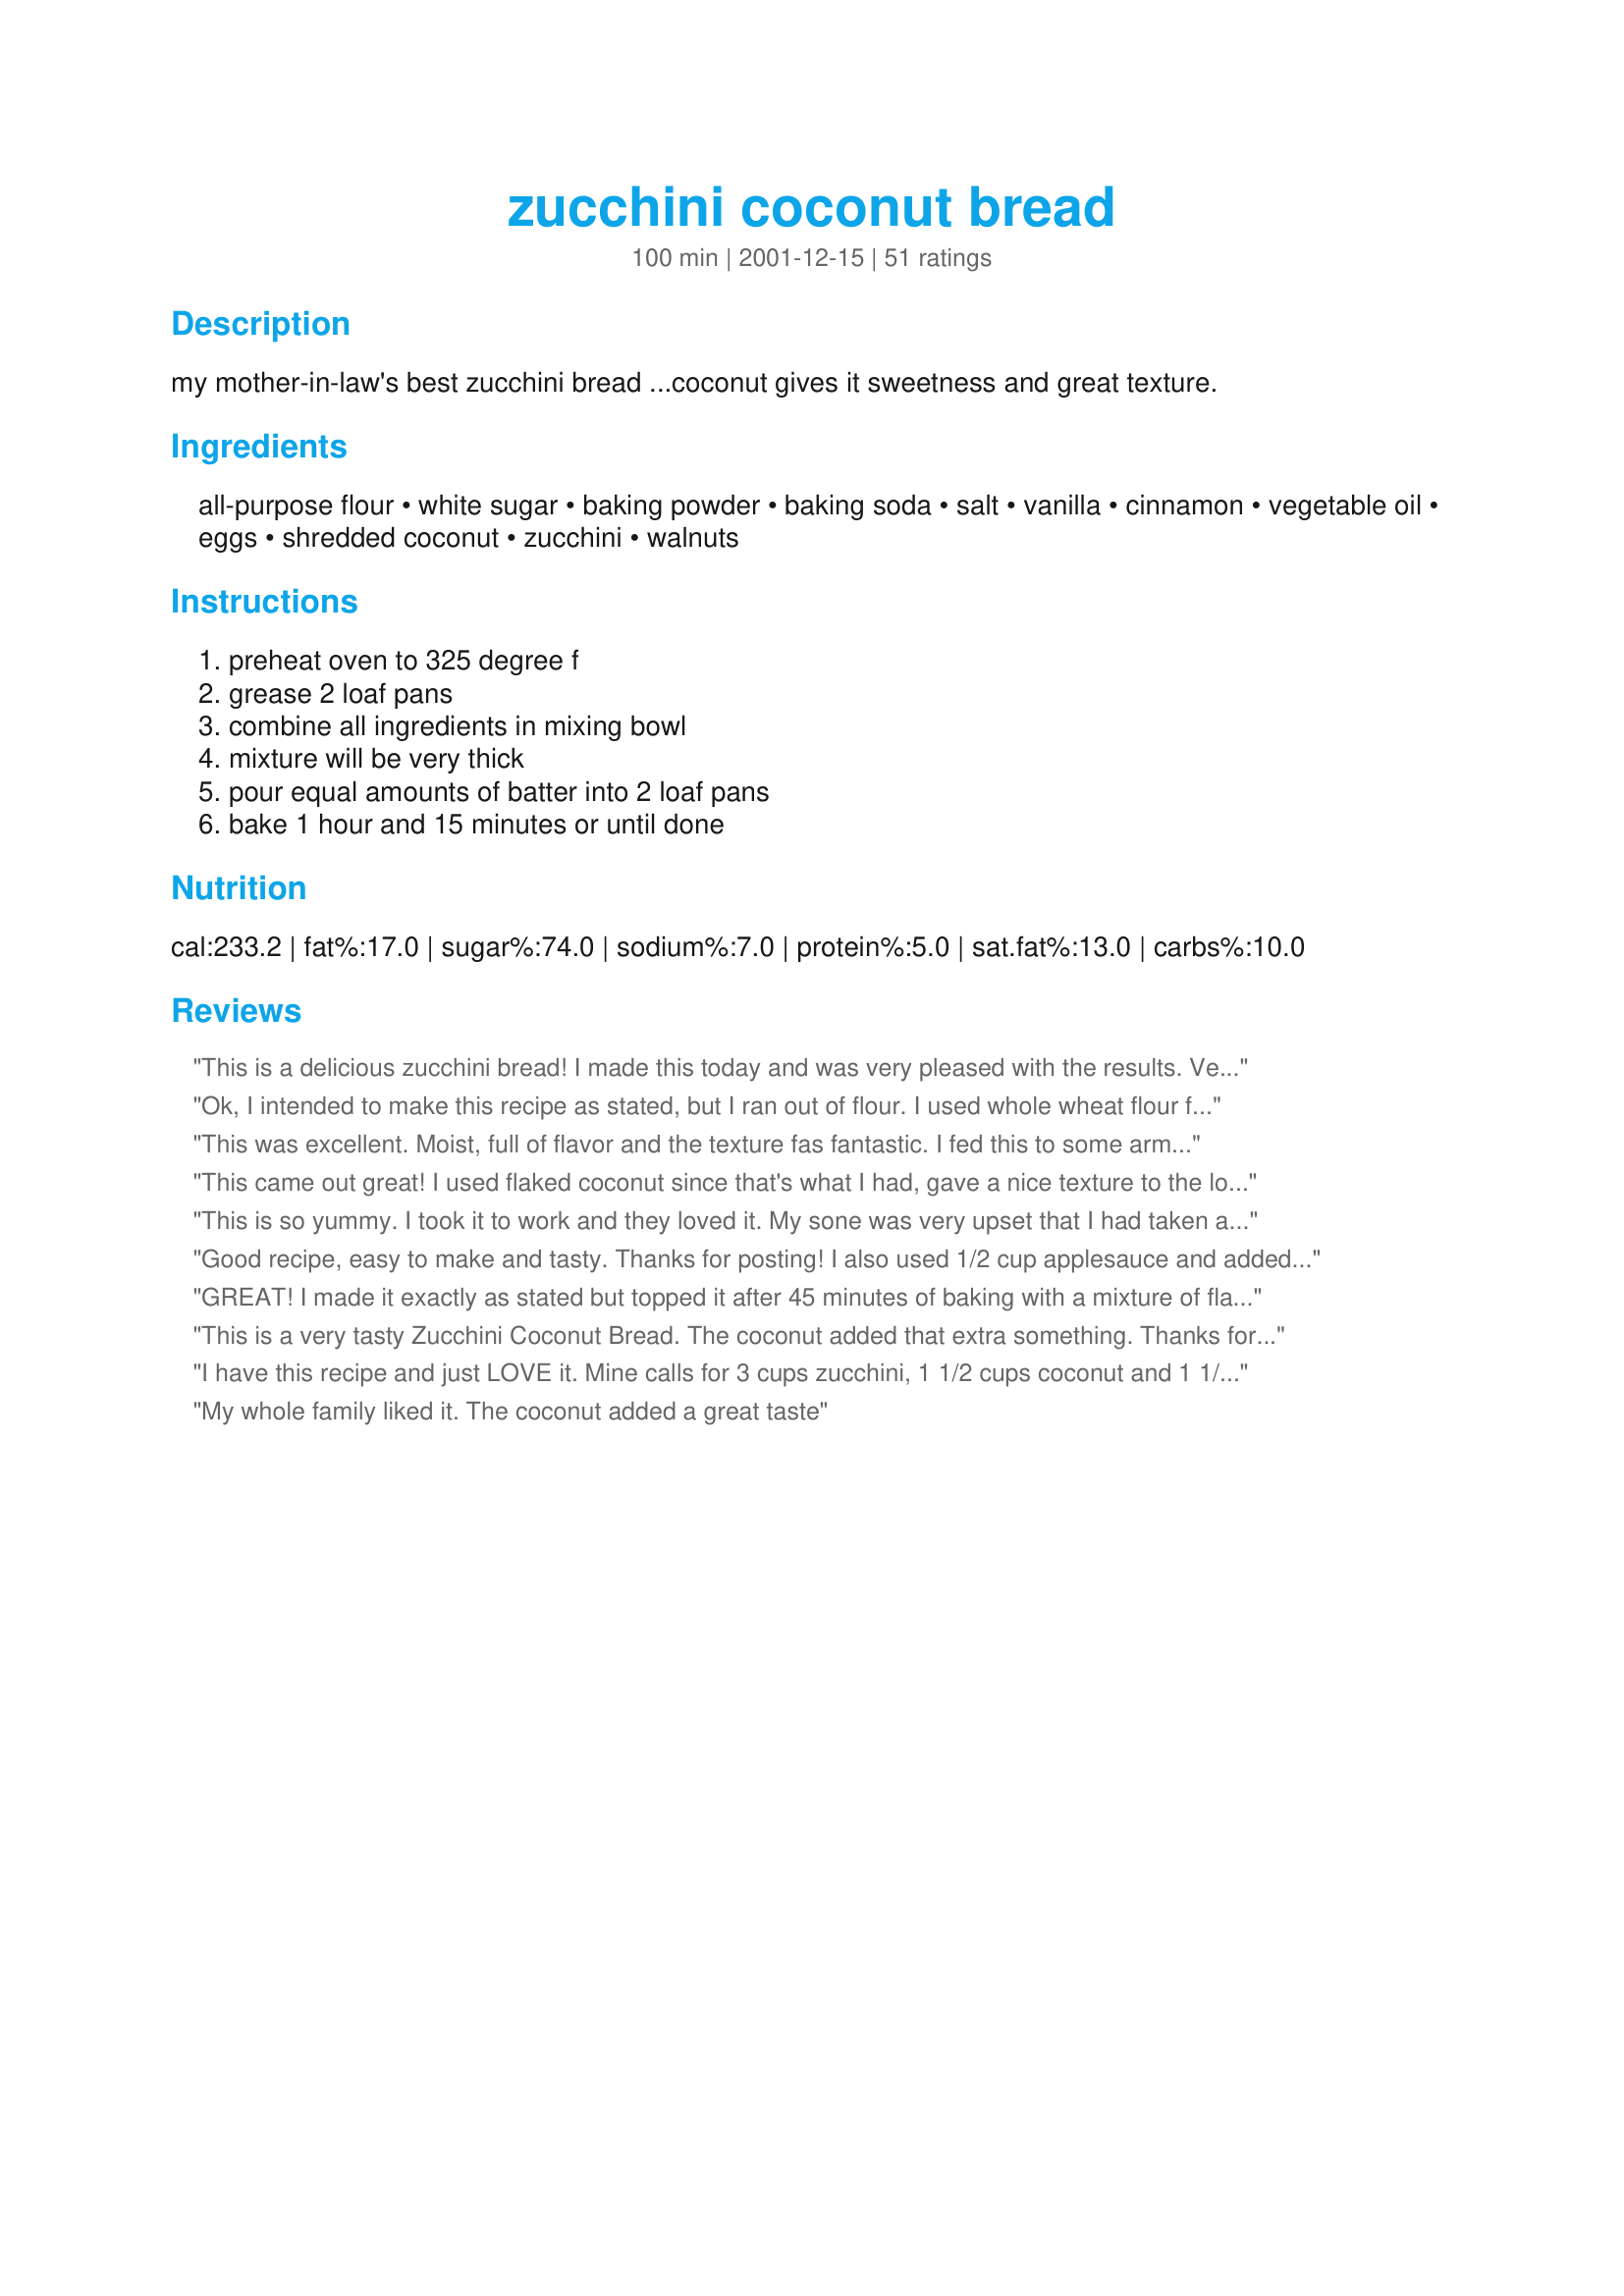
zucchini coconut bread
Preparation time: 100 minutes

my mother-in-law's best zucchini bread ...coconut gives it sweetness and great texture.

Ingredients:
all-purpose flour, white sugar, baking powder, baking soda, salt, vanilla, cinnamon, vegetable oil, eggs, shredded coconut, zucchini, walnuts

Steps:
preheat oven to 325 degree f, grease 2 loaf pans, combine all ingredients in mixing bowl, mixture will be very thick, pour equal amounts of batter into 2 loaf pans, bake 1 hour and 15 minutes or until done

Reviews:
This is a delicious zucchini bread! I made this today and was very pleased with the results. Very moist, with a lovely flavour. I will make this again. Thanks!
Ok, I intended to make this recipe as stated, but I ran out of flour. I used whole wheat flour for 1/2 amount called for. Since the recipe wasn't going to be exactly as stated, I also decide to use 1/2 applesauce and 1/2 Splenda in place of oil and sugar. In the end, this was the best zucchini bread I have ever made or tasted. Thanks, Hope.
This was excellent. Moist, full of flavor and the texture fas fantastic. I fed this to some army boys and it was just gone!!!
This came out great! I used flaked coconut since that's what I had, gave a nice texture to the loaf. Very moist. I brought this for my daughter and her bridal party to snack on while they were getting dressed for her wedding. It got rave reviews. But it almost didn't get there as I had to convince the TSA agent that this strange, foil-wrapped brick in my carry on was not a weapon of mass destruction. Once he heard it was zucchini bread, he told me he had just tried it the week before for the first time and really liked it---so my loaf might not make it though, lol!
This is so yummy. I took it to work and they loved it. My sone was very upset that I had taken a loaf to work. Great texture and flavor. Nice and moist and smells wonderful. Thank you for this recipe.
Good recipe, easy to make and tasty. Thanks for posting! I also used 1/2 cup applesauce and added chocolate chips. Yum!
GREAT! I made it exactly as stated but topped it after 45 minutes of baking with a mixture of flaked coconut, brown sugar and chopped nuts. Delicious!
This is a very tasty Zucchini Coconut Bread. The coconut added that extra something. Thanks for posting this recipe.
I have this recipe and just LOVE it. Mine calls for 3 cups zucchini, 1 1/2 cups coconut and 1 1/2 cups pecans. It is SO delicious. If you like coconut, you will die for this. I made it one day for work and one of the guys asked me what kind of cake it was, when I replied that it was zucchini bread he about flipped (he doesn't eat green!). Delicious
My whole family liked it. The coconut added a great taste
Halved the recipe. Used two eggs. Skipped the nuts, instead adding 1/2 cup white chocolate chips. Added 1/4 tsp. coconut extract. Tasted amazing and had the most delicious crust. I was expecting to have to add a glaze but this was plenty sweet and delicious without.
I just made this recipe and its smells wonderful, i had to add 2 tsp of milk to it though to make it a little more runny to put it in the pans , it was very easy to make i cant wait to eat it , Thanks Hope k for a great recipe.. I just wanted to update this i make this all the time now and its still as good as it was the first time. I just absoulutly love this recipe.....TY
This is an excellent tasting bread. I made 4 small loaves and baked them for 45 minutes. Even my coconut disliking husband felt this was a 5 star. Will certainly make again.
Very good recipe. I also added an icing to make it a little fancier when taking it to someone's house. Used coconut extract w/ butter, milk and pow. sugar, which was delicious. Everyone wanted some to take home. I also subbed half applesauce for oil, which turned out great.
Yummmm. I sadly only had 1/2 cup of coconut,but it had to do. I actually iced these breads(I made mini loaves) with caramel icing. Perfect!
This was good. I needed something a little different than just regular zucchini bread. Nice variation. THANKS for sharing
This was ok...something about it just wasn't right for me (maybe the zucchini was a little bitter?) and I followed the recipe exactly. I still ate it of course, but I think next time I will try coconut extract instead of vanilla and 1/2 brown sugar instead of all white...to see if that makes it better.
YUM! I'm eating a piece of this right now and it is so good. Nice and moist, very easy to make. I planted my very first garden this year and have LOTS of zucchini. Thanks for sharing such a great recipe!
wonderful, 5 stars for you! Will make this again in a heartbeat!
I've made this at least a dozen times in the last year. Such a delectable treat! It's so moist!
I just took this bread out of the oven a 1/2 hour ago, and couldn't wait any longer to taste it. It is so moist and delicious! Since all quick breads taste better the second day, I'm hoing this will last long enough to try it tomarrow, lol. I omitted the nuts (personal preference) and used 3 egg whites and 1 recipe of my egg substitute for baking #92396 and it worked fine.
Just excellent. Very moist and stayed moist for the (very few) days we had it till we ate it all up!
This was fabulous! I needed a way to use up some leftover zucchini and cocount, and this recipe definately fit the bill. It tasted wonderfl, and the coconut was a nice update on the classic zucchini bread recipe. I ran out of oil, and was only able to use about 3/4 cup: didn't seem to effect the flavour at all. I brought the leftovers into work, and they were gone by lunchtime. Great recipe, thanks for sharing!
This didn't taste any different than any other quick bread. I may try again, with more coconut.
I have made this recipe many times and it's perfect every time. It's moist and delicious. This time I added a can of crushed pineapple and it's still perfect and delicious!
I loved the coconut in this bread! It turned out very moist and delicious. I'll be making this again, as my zucchini crop is looking very healthy! Thanks!
My friend brought this bread to work and said the recipe was on this website. I have mad 2 batches since and I love it. Sometimes I add a few chocolate chips!
Yum!! I tweaked this recipe quite a bit but I have a feeling that it would have turned out wonderfully even if I hadn't. I used only 1 cup granulated sugar, substituted two individual servings of cinnamon applesauce plus 1 1/2 tbsp oil for the oil, used 1/2 cup sweetened flaked coconut and 1/2 cup unsweetened flaked coconut, and added a heaping half cup of chopped walnuts and 3/4 tsp lime juice. Also, instead of bread, I made muffins. The muffins baked in about 30 min. The batter tasted amazing, but after baking, I could tell that I needed to add something. So, I whipped up a glaze consisting of 1 cup plus 2 tbsp powdered sugar, 1 tbsp lime juice, 4 tsp lemon juice, and 1 tsp vanilla and dipped the muffins in it. Delicious!
Terrific - love texture and sweetness that the coconut gives it.....could eat this all day.
This was great! I substituted 1 c of whole wheat flour, 1/2 c honey for 1 c of the sugar, and threw in a bunch of chopped fresh cherries too. Yum! I like this twist to zucchini bread.
wow ... that thing was amazing ... sooooooo good ... thanks for that
Easy and tastes great. I like to make 2 loaves at a time because my family devours it.
This was my first time making zucchini bread and it was incredibly easy to do. At first I thought I had over cooked it because the top was kind of hard, but once it sat covered over night it softened right up. I will be making this recipe again! Thanks.
This is a wonderful Zucchini Bread! The addition of the coconut was just the right touch! It baked up nicely brown in exactly 1 hr and 15 minutes. Excellent flavor and the coconut and walnuts give it just the right amount of texture. I will serve one loaf and freeze the other. Thanks, Hope!

Definitely the best zucchini bread I've ever made! I only had a 1/4 cup of coconut and you could still really taste it. I halved the recipe to make one loaf and used 2 eggs. Thank you for posting this wonderful recipe! I can't wait to use the full 1/2 cup coconut!
Delicious! Moist and the coconut adds a sweet flavor making it perfect as a gift, or for guests:) A keeper for sure.
Tastes great. Reminds me of friendship bread with coconut.
Excellent! I made for a potluck event and everyone agreed this bread was great. I made one loaf with nuts and one without, otherwise I followed the recipe.
Just made this bread with the first of my surplus zucchini for the year. The only sub I made was to use coconut oil instead of vegetable oil. It is supposed to be the new health food craze, coconut oil. I think it enhanced the taste and still had all the normal qualities that would have come from vegetable oil.
I just made this bread with a few changes. I used 1/2 whole wheat flour, added 2 big scoops flax seed, used 3/4 cup honey and 3/4 cup dark brown sugar. Otherwise made the same. I will definitely be making this one again! It was delicious!
Great as directed. Next time I&#039;ll increase the coconut (personal taste). This freezes well.
I too loved this recipe!!!! It was a very nice change of pace from regular zucchini bread..and the coconut and nuts were a GREAT combo!!! It's a keeper for me...when the zucchini is a-plenty!! MMMMM MMMMM Good. Thanks for sharing this delightful recipe!!!
Excellent! 

However, it only needed to bake for about 50 minutes whether because of the altitude or because I used dark pans. So, I recommend keeping your eye on it while it's baking!

Otherwise, very good... I made it last night and already we've finished off one loaf and started the second!
Excellent recipe. Batter is quite thick. Bakes beautifully and tastes great. This is a keeper.
I have been cutting back on sugar in many of my recipes, and have found 1/2 C per loaf is more than enough, and now my husband can indulge too. I have also added frozen blueberries and mini chocolate chips...
Amazing. Just amazing. Had to put it away so we didn't finish it the first night. Thanks!
Wonderful! I have made this several times now and have a few loafs in the freezer. I have given 2 people the recipe already, everyone loves it! I did substitute 1/2 the oil with 1/2 applesauce and added some xtra vanilla. I peeled min on accident too, but now I do it everytime. Also the 3rd time I made this I tried it with 1/2 whole wheat flour sifted, 1/2 applesauce and with 3/4 c eggbeaters...it was still just as delicious! Thanks
This is the best bread dessert I have ever made. I wanted to use up some shredded zucchini I had so I looked for a zucchini bread recipe and the coconut caught my eye. Its so addictive it's like crack! I Although it is pretty healthy, I'd like to experiment with a little less sugar next time (that's probably why its so addictive!) The coconut is the killer though, it gives the best flavor.
Nice variation on the typical zucchini bread.
Coconut is wonderful.

I went half the fat with apple sauce, dropped 1/2 cup of sugar (i;m just not a sweet tooth) added extra zucchini (almost double, I have to get rid of this stuff) and 2 extra eggs to soak up the zucchini juice.

T-riffic.
This turned out really well for me. Added in some mini-chocolate chips, because I had them.
